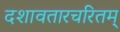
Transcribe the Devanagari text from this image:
दशावतारचरितम्